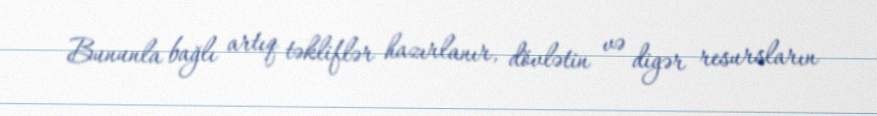
Bununla bağlı artıq təkliflər hazırlanır, dövlətin və digər resursların